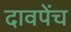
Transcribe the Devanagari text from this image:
दावपेंच